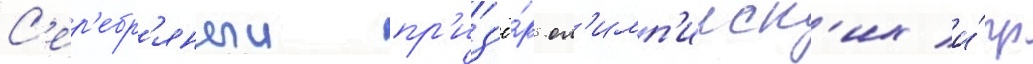
С'ер'ебр'яныи пр'из'ё́р ол'имп'ииск'их и́гр